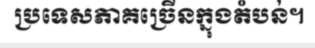
ប្រទេសភាគច្រើនក្នុងតំបន់។